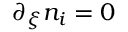
\partial _ { \xi } n _ { i } = 0